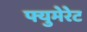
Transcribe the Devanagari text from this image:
फ्युमेरेट